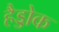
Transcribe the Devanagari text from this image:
हैड्डोक